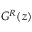
G ^ { R } ( z )